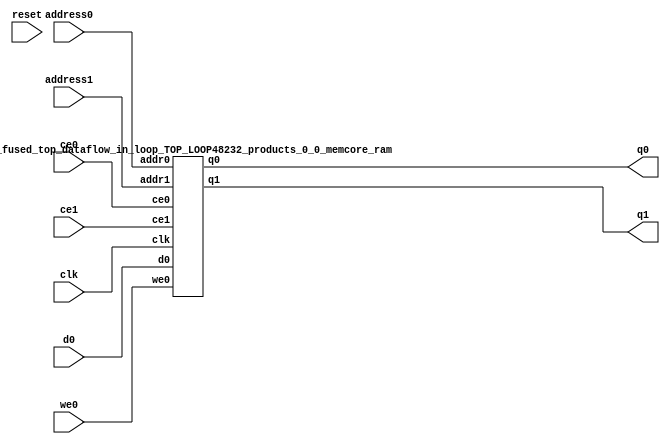
`define EXPONENT 5
`define MANTISSA 10
`define ACTUAL_MANTISSA 11
`define EXPONENT_LSB 10
`define EXPONENT_MSB 14
`define MANTISSA_LSB 0
`define MANTISSA_MSB 9
`define MANTISSA_MUL_SPLIT_LSB 3
`define MANTISSA_MUL_SPLIT_MSB 9
`define SIGN 1
`define SIGN_LOC 15
`define DWIDTH (`SIGN+`EXPONENT+`MANTISSA)
`define IEEE_COMPLIANCE 1

module td_fused_top_dataflow_in_loop_TOP_LOOP48232_products_0_0_memcore(
    reset,
    clk,
    address0,
    ce0,
    we0,
    d0,
    q0,
    address1,
    ce1,
    q1);

parameter DataWidth = 32'd16;
parameter AddressRange = 32'd36;
parameter AddressWidth = 32'd6;
input reset;
input clk;
input[AddressWidth - 1:0] address0;
input ce0;
input we0;
input[DataWidth - 1:0] d0;
output[DataWidth - 1:0] q0;
input[AddressWidth - 1:0] address1;
input ce1;
output[DataWidth - 1:0] q1;



td_fused_top_dataflow_in_loop_TOP_LOOP48232_products_0_0_memcore_ram td_fused_top_dataflow_in_loop_TOP_LOOP48232_products_0_0_memcore_ram_U(
    .clk( clk ),
    .addr0( address0 ),
    .ce0( ce0 ),
    .we0( we0 ),
    .d0( d0 ),
    .q0( q0 ),
    .addr1( address1 ),
    .ce1( ce1 ),
    .q1( q1 )
);

endmodule
module td_fused_top_dataflow_in_loop_TOP_LOOP48232_products_0_0_memcore_ram (addr0, ce0, d0, we0, q0, addr1, ce1, q1,  clk);

parameter DWIDTH = 16;
parameter AWIDTH = 6;
parameter MEM_SIZE = 36;

input[AWIDTH-1:0] addr0;
input ce0;
input[DWIDTH-1:0] d0;
input we0;
output reg[DWIDTH-1:0] q0;
input[AWIDTH-1:0] addr1;
input ce1;
output reg[DWIDTH-1:0] q1;
input clk;

reg [DWIDTH-1:0] ram[MEM_SIZE-1:0];




always @(posedge clk)  
begin 
    if (ce0) begin
        if (we0) 
            ram[addr0] <= d0; 
        q0 <= ram[addr0];
    end
end


always @(posedge clk)  
begin 
    if (ce1) begin
        q1 <= ram[addr1];
    end
end


endmodule